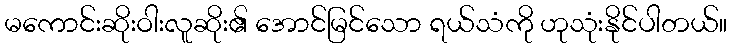
မကောင်းဆိုးဝါးလူဆိုး၏ အောင်မြင်သော ရယ်သံကို ဟုသုံးနိုင်ပါတယ်။